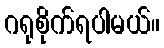
ဂရုစိုက်ရပါမယ်။